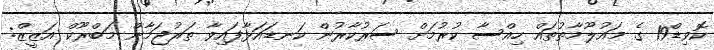
ކޮވިޑް19 ގެ މައުލޫމާތުތައް ހިއްސާ ކުރުމަށް ސަރުކާރުން ކަނޑައަޅާފައިވާ ތަރުޖަމާން މަބްރޫކް އަޒީޒް: